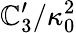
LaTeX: {\mathbb{C}_{3}^{\prime}}/{\kappa_{0}^{2}}